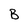
Character: B